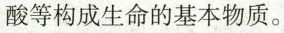
酸等构成生命的基本物质。